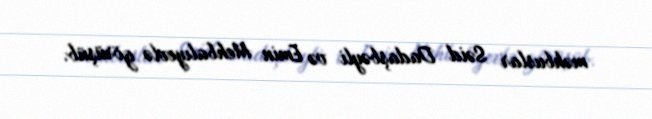
məhbuslar Səid Dadaşbəyli və Emin Mehbalıyevlə görüşüb.